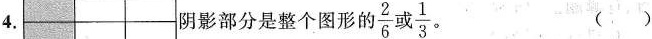
4.阴影部分是整个图形的\frac{2}{6}或 \frac{1}{3}。()